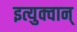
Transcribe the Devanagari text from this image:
इत्युक्वान्